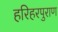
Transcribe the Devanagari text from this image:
हरिहरपुराण